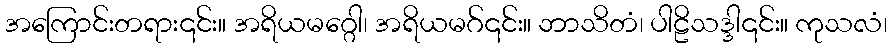
အကြောင်းတရား၎င်း။ အရိယမဂ္ဂေါ၊ အရိယမဂ်၎င်း။ ဘာသိတံ၊ ပါဠိသဒ္ဒါ၎င်း။ ကုသလံ၊